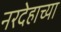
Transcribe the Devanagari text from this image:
नरदेहाच्या